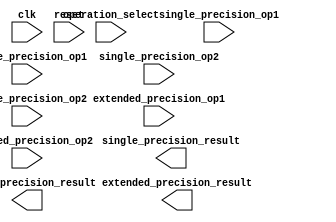
module mixed_precision_fp_unit (
    input wire clk,
    input wire reset,
    
    // Inputs
    input wire [31:0] single_precision_op1,
    input wire [63:0] double_precision_op1,
    input wire [79:0] extended_precision_op1,
    
    input wire [31:0] single_precision_op2,
    input wire [63:0] double_precision_op2,
    input wire [79:0] extended_precision_op2,
    
    input wire [1:0] operation_select, // 00 - addition, 01 - subtraction, 10 - multiplication, 11 - division

    // Outputs
    output reg [31:0] single_precision_result,
    output reg [63:0] double_precision_result,
    output reg [79:0] extended_precision_result
);

// Add your code here

// The design of the Arithmetic blocks Mixed precision floating point unit 
// including different arithmetic operations and precision conversion 
// will be implemented using Verilog code.

endmodule